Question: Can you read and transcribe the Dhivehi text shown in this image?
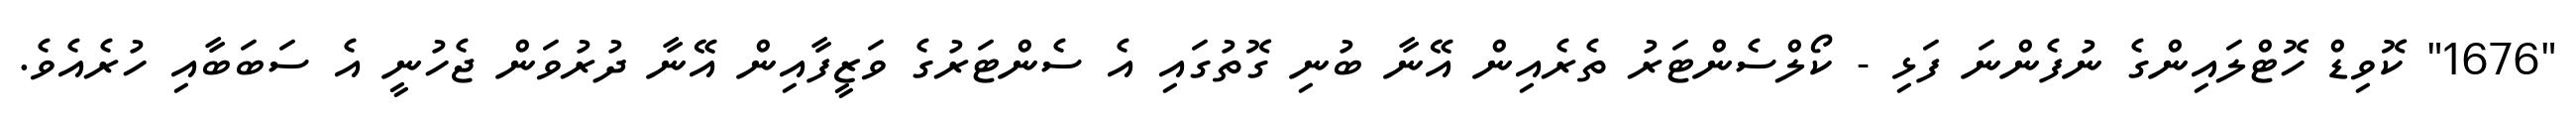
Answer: "1676" ކޮވިޑް ހޮޓްލައިންގެ ނުފެންނަ ފަޅި - ކޯލްސެންޓަރު ތެރެއިން އޭނާ ބުނި ގޮތުގައި އެ ސެންޓަރުގެ ވަޒީފާއިން އޭނާ ދުރުވަން ޖެހުނީ އެ ސަބަބާއި ހުރެއެވެ.